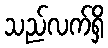
သည်လက်ရှိ